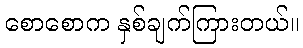
စောစောက နှစ်ချက်ကြားတယ်။